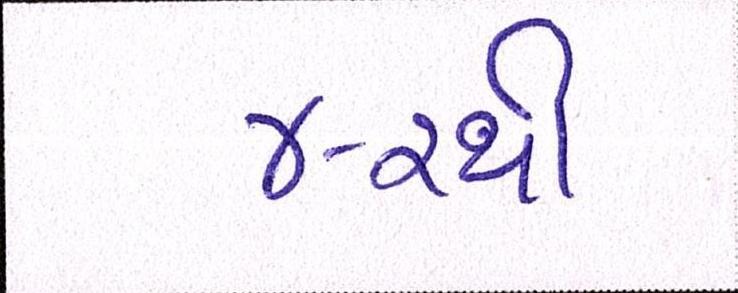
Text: ૪-૨થી